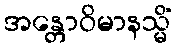
အန္တောဝိမာနသ္မိံ